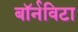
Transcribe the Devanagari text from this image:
बॉर्नविटा